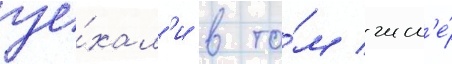
уе́хал'и в то́м числ'е́